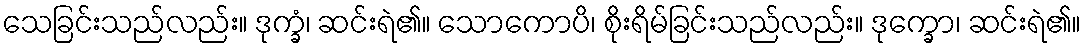
သေခြင်းသည်လည်း။ ဒုက္ခံ၊ ဆင်းရဲ၏။ သောကောပိ၊ စိုးရိမ်ခြင်းသည်လည်း။ ဒုက္ခော၊ ဆင်းရဲ၏။